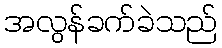
အလွန်ခက်ခဲသည်